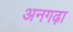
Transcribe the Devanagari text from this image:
अनगढ़ा